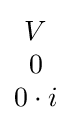
{\begin{matrix}V\\0\\0\cdot i\end{matrix}}